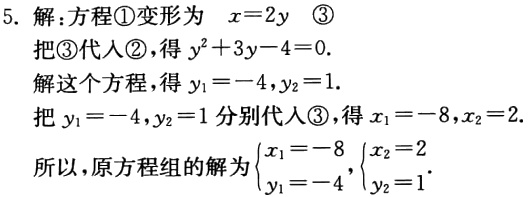
5. 解：方程\textcircled{1}变形为 \(x = 2y\)  \textcircled{3}

把\textcircled{3}代入\textcircled{2}，得 \(y^{2}+3y - 4 = 0\).

解这个方程，得 \(y_{1}=-4,y_{2}=1\).

把 \(y_{1}=-4,y_{2}=1\) 分别代入\textcircled{3}，得 \(x_{1}=-8,x_{2}=2\).

所以，原方程组的解为 \(\begin{cases}x_{1}=-8\\y_{1}=-4\end{cases}\)，\(\begin{cases}x_{2}=2\\y_{2}=1\end{cases}\).